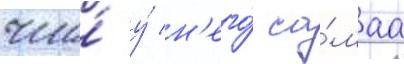
что́ у́ н'его́ са́маа